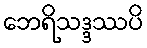
ဘေရိသဒ္ဒဿပိ